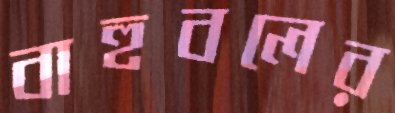
বাহুবলের